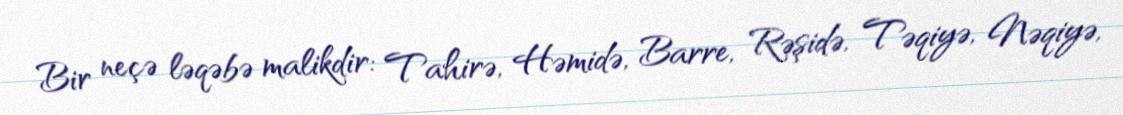
Bir neçə ləqəbə malikdir: Tahirə, Həmidə, Barre, Rəşidə, Təqiyə, Nəqiyə,